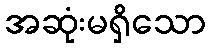
အဆုံးမရှိသော